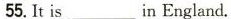
55.Itis in___England.